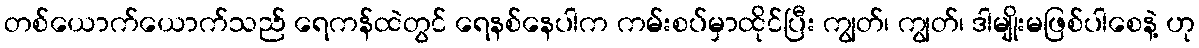
တစ်ယောက်ယောက်သည် ရေကန်ထဲတွင် ရေနစ်နေပါက ကမ်းစပ်မှာထိုင်ပြီး ကျွတ်၊ ကျွတ်၊ ဒါမျိုးမဖြစ်ပါစေနဲ့ ဟု